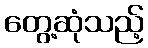
တွေ့ဆုံသည့်